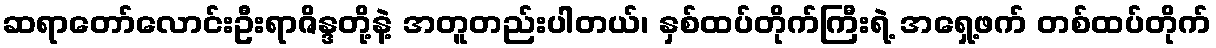
ဆရာတော်လောင်းဦးရာဇိန္ဒတို့နဲ့ အတူတည်းပါတယ်၊ နှစ်ထပ်တိုက်ကြီးရဲ့ အရှေ့ဖက် တစ်ထပ်တိုက်